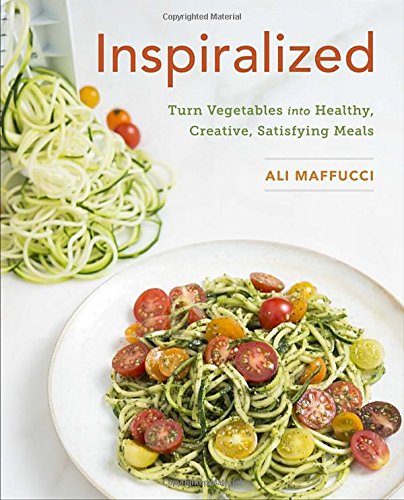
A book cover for Inspiralized: Turn Vegetables into Healthy, Creative, Satisfying Meals; Ali Maffucci; Cookbooks, Food & Wine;